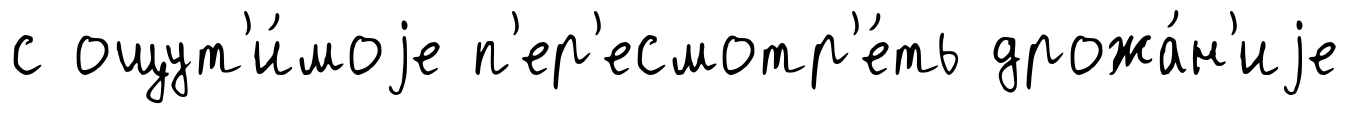
с ощут'и́моjе п'ер'есмотр'е́ть дрожа́н'иjе